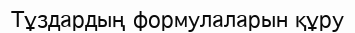
Тұздардың формулаларын құру